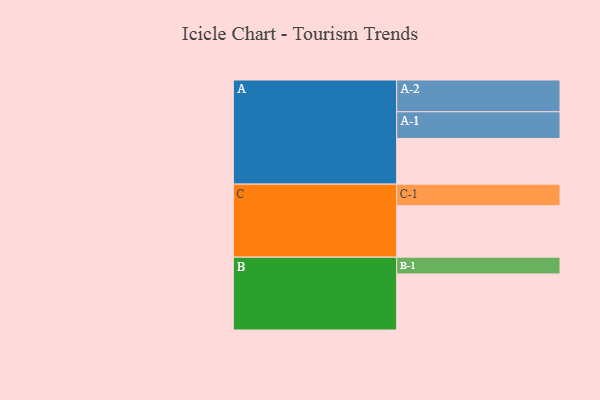
{"axis": {"x": "Segment", "y": "Value"}, "legend": ["", "A", "B", "C"], "data": [{"x": "A", "y": 414, "type": ""}, {"x": "B", "y": 508, "type": ""}, {"x": "C", "y": 467, "type": ""}, {"x": "A-1", "y": 242, "type": "A"}, {"x": "A-2", "y": 288, "type": "A"}, {"x": "B-1", "y": 152, "type": "B"}, {"x": "C-1", "y": 195, "type": "C"}]}